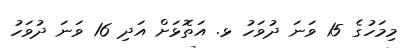
މިމަހުގެ 15 ވަނަ ދުވަހު ޅ. އަތޮޅަށް އަދި 16 ވަނަ ދުވަހު